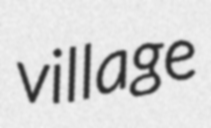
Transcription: village